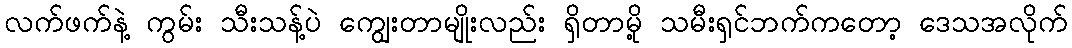
လက်ဖက်နဲ့ ကွမ်း သီးသန့်ပဲ ကျွေးတာမျိုးလည်း ရှိတာမို့ သမီးရှင်ဘက်ကတော့ ဒေသအလိုက်